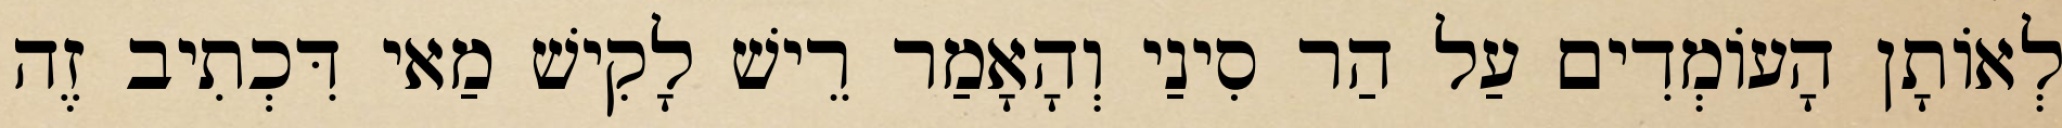
לְאוֹתָן הָעוֹמְדִים עַל הַר סִינַי וְהָאָמַר רֵישׁ לָקִישׁ מַאי דִּכְתִיב זֶה